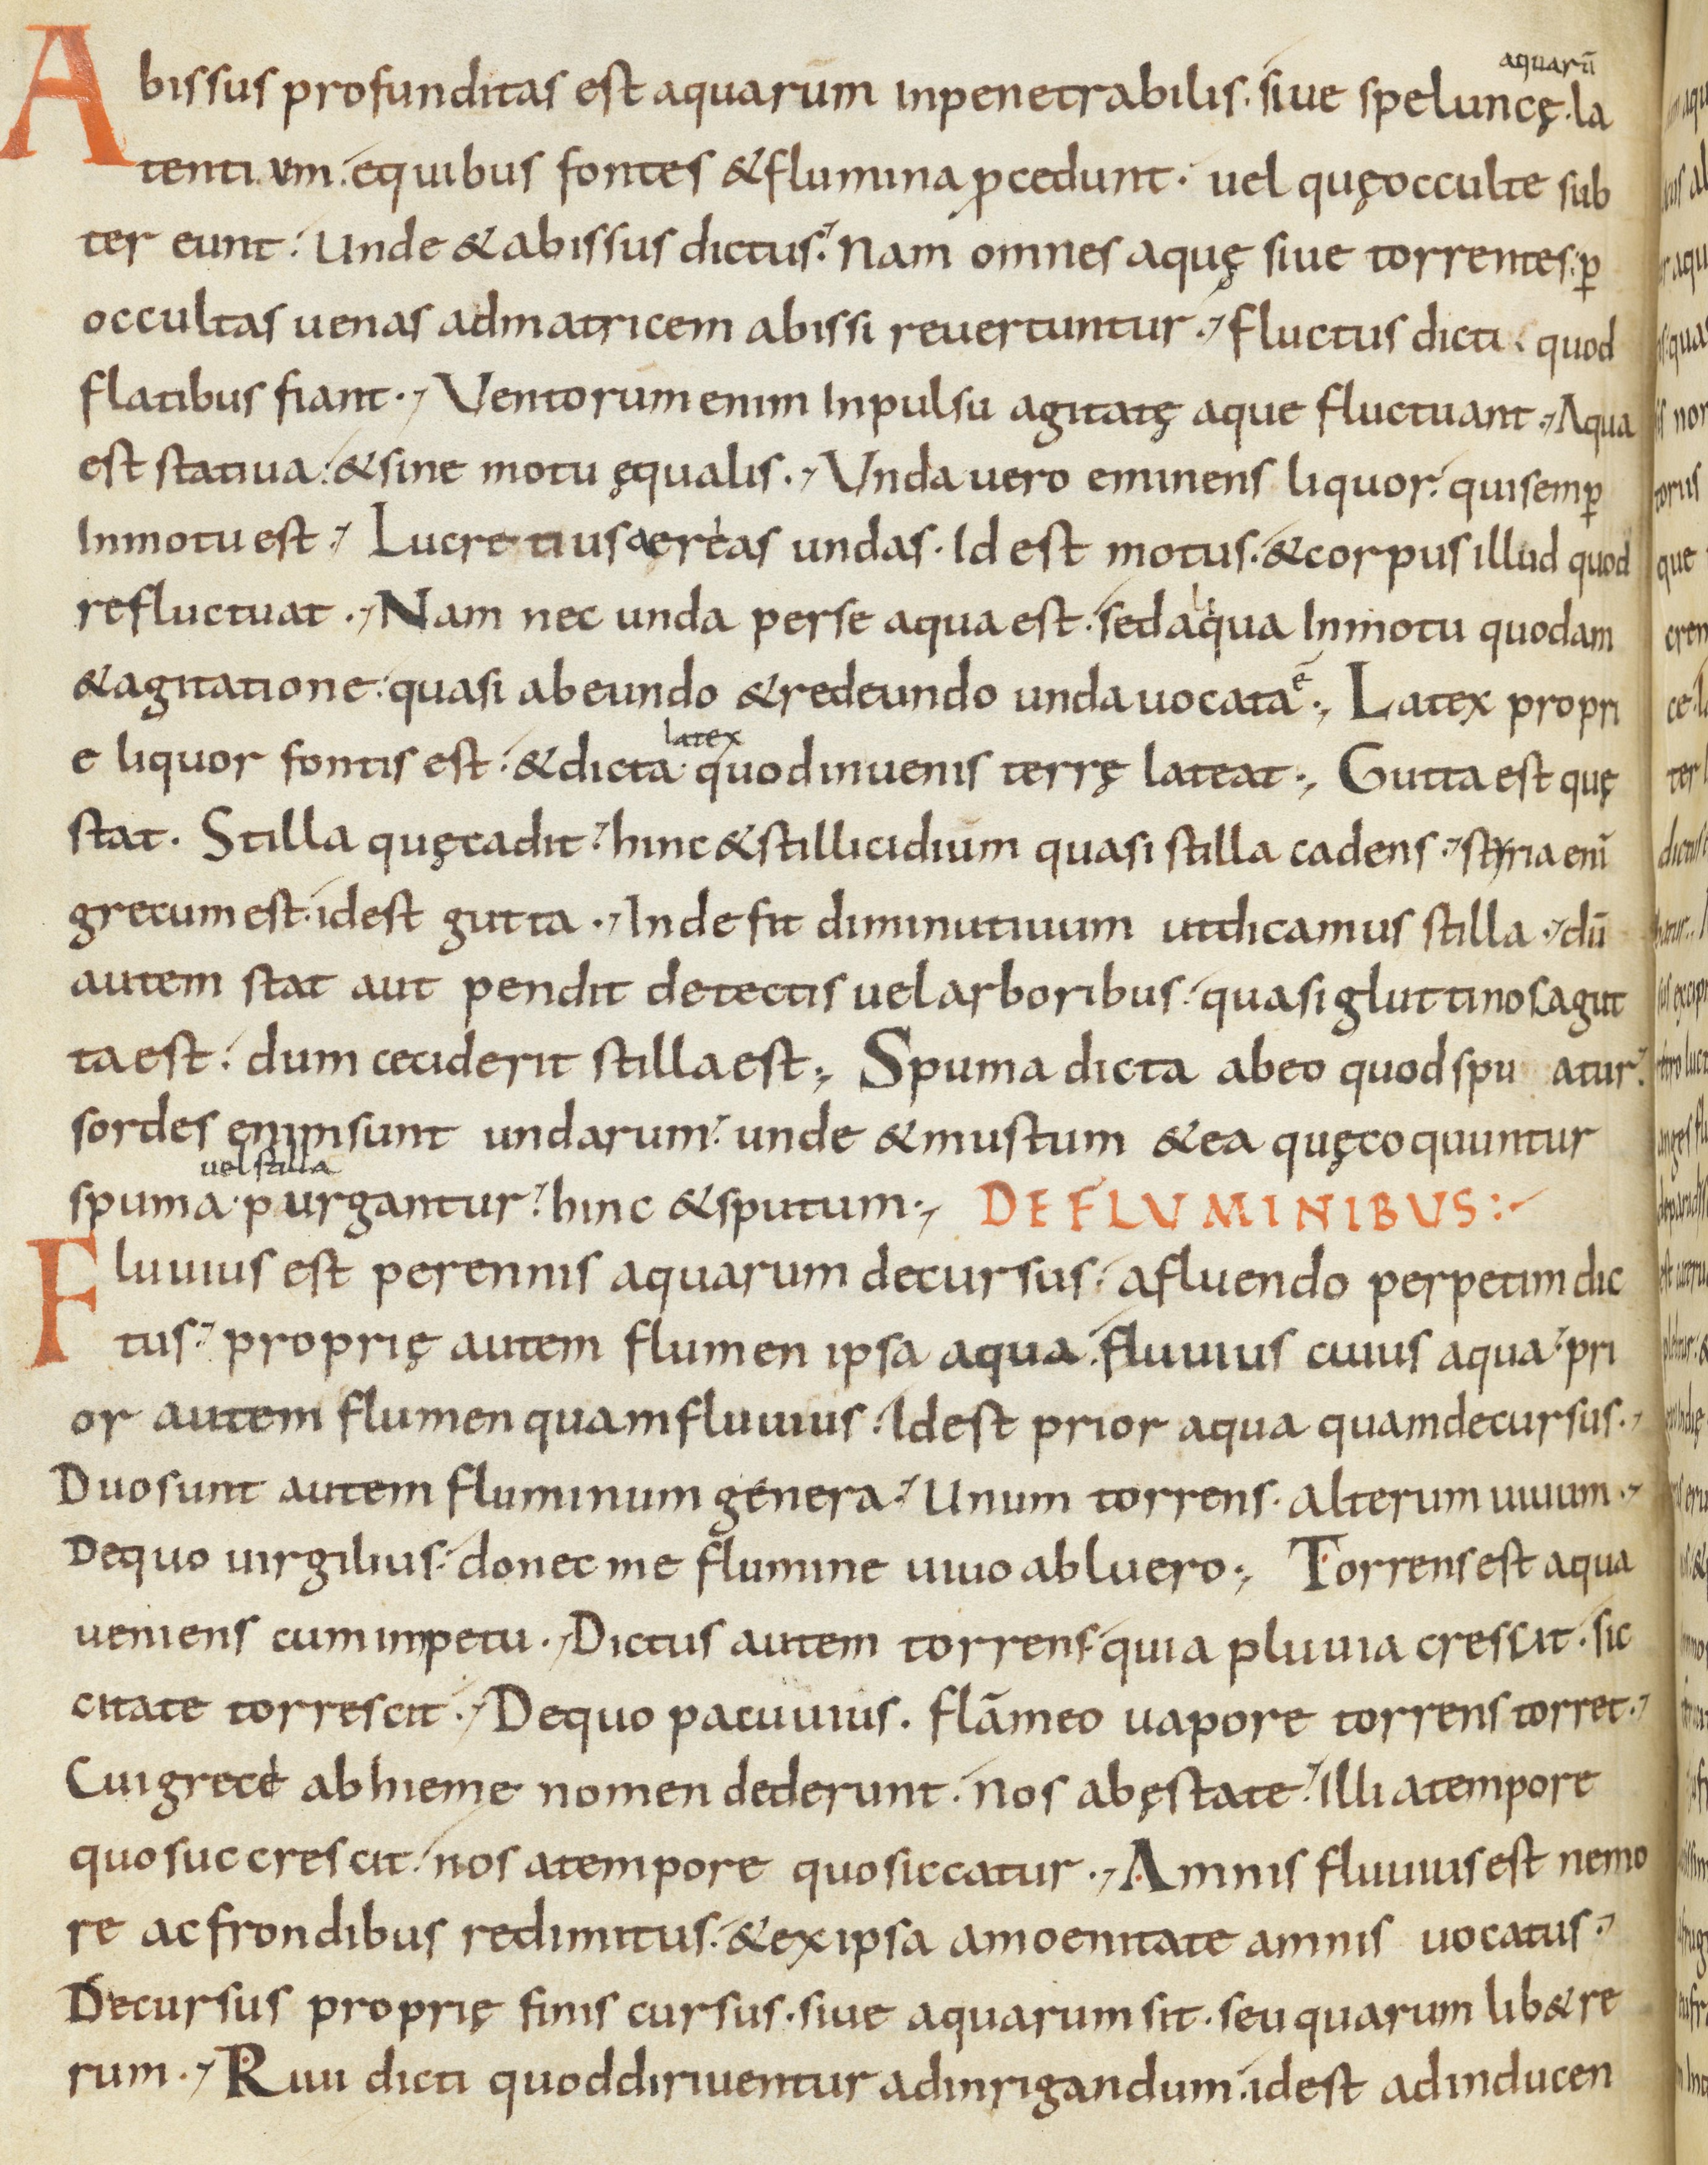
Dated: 833–865